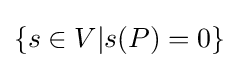
\{s\in V|s(P)=0\}